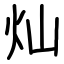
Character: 灿